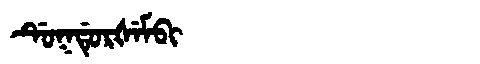
Manchu: ᡩᡠᡴᡩᡠᡵᡧᡝᠮᠪᡳ
Romanization: DUKDURŠEMBI